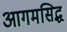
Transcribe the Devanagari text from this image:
आगमसिद्ध